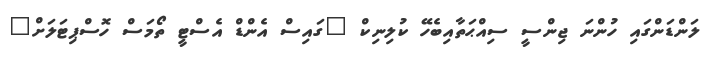
ލަންޑަންގައި ހުންނަ ޖިންސީ ސިއްޙަތާއިބެހޭ ކުލިނިކް "ގައިސް އެންޑް އެސްޓީ ތޯމަސް ހޮސްޕިޓަލަށް"